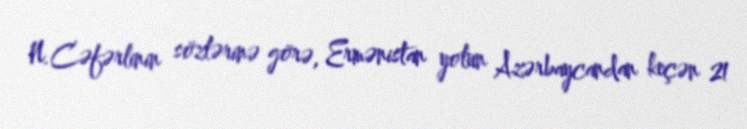
N.Cəfərlinin sözlərinə görə, Ermənistan yolun Azərbaycandan keçən 21